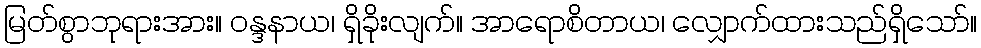
မြတ်စွာဘုရားအား။ ဝန္ဒနာယ၊ ရှိခိုးလျက်။ အာရောစိတာယ၊ လျှောက်ထားသည်ရှိသော်။